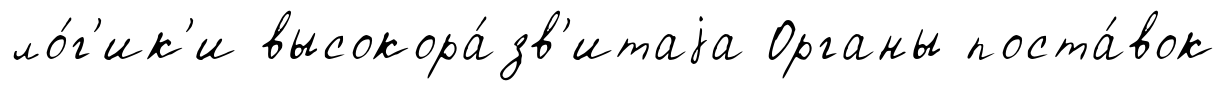
ло́г'ик'и высокора́зв'итаjа Органы поста́вок